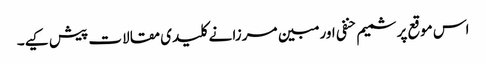
اس موقع پر شمیم حنفی اور مبین مرزا نے کلیدی مقالات پیش کیے۔